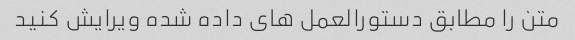
متن را مطابق دستورالعمل های داده شده ویرایش کنید